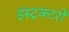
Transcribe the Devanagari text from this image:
इंस्ट्रक्टरों